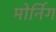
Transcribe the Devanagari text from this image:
मोर्निग